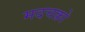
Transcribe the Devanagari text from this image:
मदचक्रो